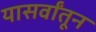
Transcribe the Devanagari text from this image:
यासर्वांतून